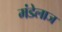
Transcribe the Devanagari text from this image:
मंडेलाज